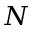
N